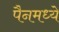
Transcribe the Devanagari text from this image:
पैनमध्ये